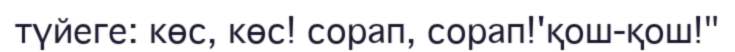
түйеге: көс, көс! сорап, сорап!'қош-қош!"